Annual report on the lock hospitals of the Madras Presidency
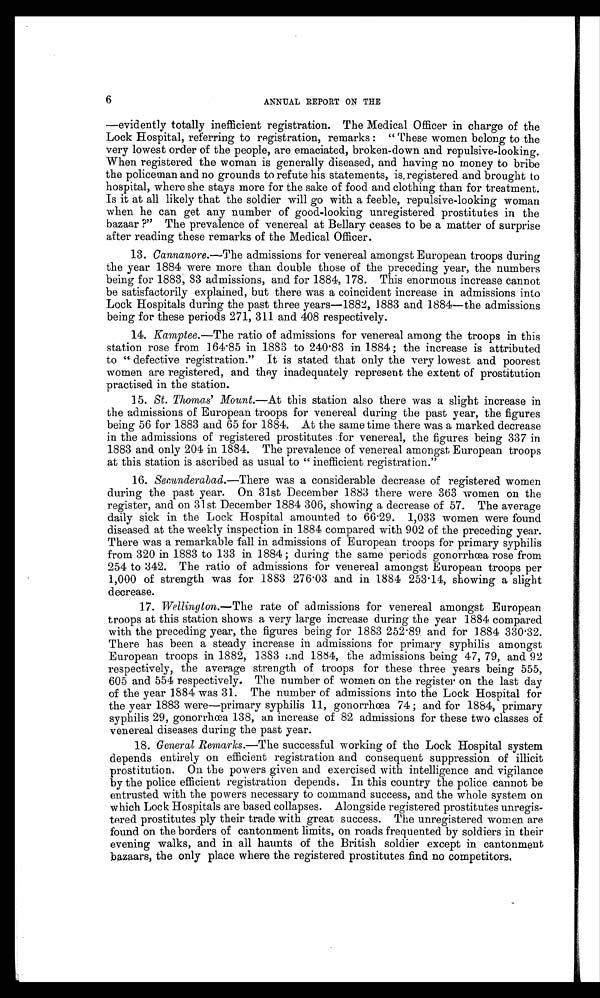
6
ANNUAL REPORT ON THE
—evidently totally inefficient registration. The Medical Officer in charge of the
Lock Hospital, referring to registration, remarks : " These women belong to the
very lowest order of the people, are emaciated, broken-down and repulsive-looking.
When registered the woman is generally diseased, and having no money to bribe
the policeman and no grounds to refute his statements, is, registered and brought to
hospital, where she stays more for the sake of food and clothing than for treatment.
Is it at all likely that the soldier will go with a feeble, repulsive-looking woman
when he can get any number of good-looking unregistered prostitutes in the
bazaar ?" The prevalence of venereal at Bellary ceases to be a matter of surprise
after reading these remarks of the Medical Officer.
13. Cannanore.—The admissions for venereal amongst European troops during
the year 1884 were more than double those of the preceding year, the numbers
being for 1883, 83 admissions, and for 1884, 178. This enormous increase cannot
be satisfactorily explained, but there was a coincident increase in admissions into
Lock Hospitals during the past three years-1882, 1883 and 1884—the admissions
being for these periods 271, 311 and 408 respectively.
14. Kamptee.—The ratio of admissions for venereal among the troops in this
station rose from 164·85 in 1883 to 240 .83 in 1884 ; the increase is attributed
to " defective registration." It is stated that only the very lowest and poorest
women are registered, and they inadequately represent the extent of prostitution
practised in the station.
15. St. Thomas' Mount.—At this station also there was a slight increase in
the admissions of European troops for venereal during the past year, the figures
being 56 for 1883 and 65 for 1884. At the same time there was a marked decrease
in the admissions of registered prostitutes for venereal, the figures being 337 in
1883 and. only 204 in 1884. The prevalence of venereal amongst European troops
at this station is ascribed as usual to " inefficient registration."
16. Secunderabad.—There was a considerable decrease of registered women
during the past year. On 31st December 1883 there were 363 women on the
register, and on 31st December 1884 306, showing a decrease of 57. The average
daily sick in the Lock Hospital amounted to 66 .29. 1,033 women were found
diseased at the weekly inspection in 1884 compared with 902 of the preceding year.
There was a remarkable fall in admissions of European troops for primary syphilis
from 320 in 1883 to 133 in 1884 ; during the same periods gonorrhœa rose from
254 to 342. The ratio of admissions for venereal amongst European troops per
1,000 of strength was for 1883 276 .03 and in 1884 253 . 14, showing a slight
decrease.
17. Wellington.—The rate of admissions for venereal amongst European
troops at this station shows a very large increase during the year 1884 compared
with the preceding year, the figures being for 1883 252 . 89 and for 1884 330·32.
There has been a steady increase in admissions for primary syphilis amongst
European troops in 1882, 1883 and 1844, the admissions being 47, 79, and 92
respectively, the average strength of troops for these three years being 555,
605 and 554 respectively. The number of women on the register on the last day
of the year 1884 was 31. The number of admissions into the Lock Hospital for
the year 1883 were—primary syphilis 11, gonorrhœa 74 ; and for 1884, primary
syphilis 29, gonorrhœa 138, an increase of 82 admissions for these two classes of
venereal diseases during the past year.
18. General Remarks.—The successful working of the Lock Hospital system
depends entirely on efficient registration and consequent suppression of illicit
prostitution. On the powers given and exercised with intelligence and vigilance
by the police efficient registration depends. In this country the police cannot be
entrusted with the powers necessary to command success, and the whole system on
which Lock Hospitals are based collapses. Alongside registered prostitutes unregis-
tered prostitutes ply their trade with great success. The unregistered women are
found on the borders of cantonment limits, on roads frequented by soldiers in their
evening walks, and in all haunts of the British soldier except in cantonment
bazaars, the only place where the registered prostitutes find no competitors.